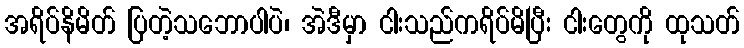
အရိပ်နိမိတ် ပြတဲ့သဘောပါပဲ၊ အဲဒီမှာ ငါးသည်ကရိပ်မိပြီး ငါးတွေကို ထုသတ်